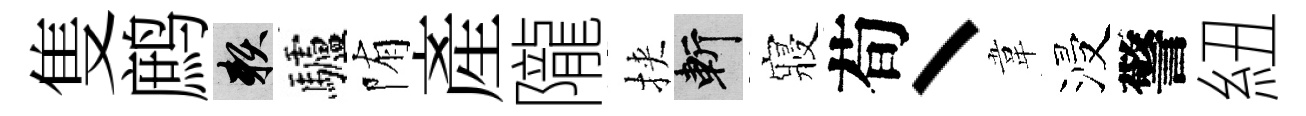
隻鹧賴驢陏産隴挾斬寢荀丶韋浸警紐